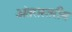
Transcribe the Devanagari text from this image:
अंतरास्तरीय